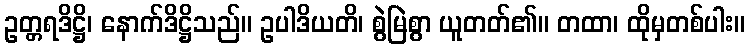
ဥတ္တရဒိဋ္ဌိ၊ နောက်ဒိဋ္ဌိသည်။ ဥပါဒိယတိ၊ စွဲမြဲစွာ ယူတတ်၏။ တထာ၊ ထိုမှတစ်ပါး။